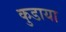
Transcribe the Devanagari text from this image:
कुडाया